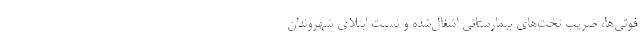
فوتی‌ها، ضریب تخت‌های بیمارستانی اشغال‌شده و نسبت ابتلای شهروندان